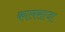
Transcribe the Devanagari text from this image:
कालसाजा